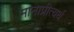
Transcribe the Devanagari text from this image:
मानाप्रीत्यर्थ